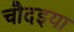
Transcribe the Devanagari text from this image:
चौदइया